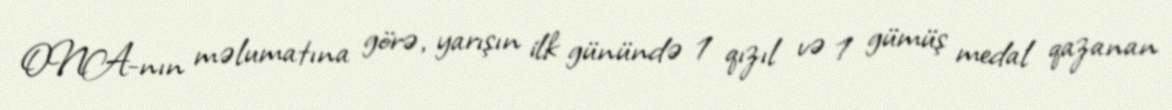
ONA-nın məlumatına görə, yarışın ilk günündə 1 qızıl və 1 gümüş medal qazanan